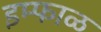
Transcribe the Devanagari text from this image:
इम्फाळ